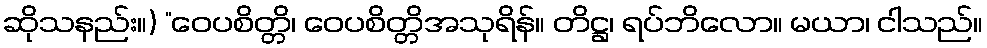
ဆိုသနည်း။) “ဝေပစိတ္တိ၊ ဝေပစိတ္တိအသုရိန်။ တိဋ္ဌ၊ ရပ်ဘိလော။ မယာ၊ ငါသည်။